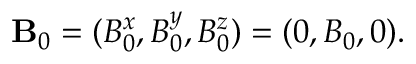
{ \bf { B } } _ { 0 } = ( B _ { 0 } ^ { x } , B _ { 0 } ^ { y } , B _ { 0 } ^ { z } ) = ( 0 , B _ { 0 } , 0 ) .